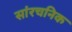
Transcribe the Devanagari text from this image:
सांरचनिक